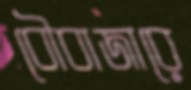
বৌবাজারে